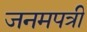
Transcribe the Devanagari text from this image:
जनमपत्री